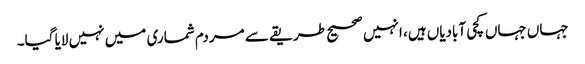
جہاں جہاں کچی آبادیاں ہیں، انہیں صحیح طریقے سے مردم شماری میں نہیں لایا گیا۔